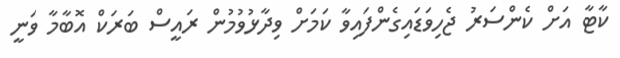
ކާޓާ އަށް ކެންސަރު ޖެހިވަޑައިގެންފައިވާ ކަމަށް ވިދާޅުވުމުން ރައީސް ބަރަކް އޮބާމާ ވަނީ